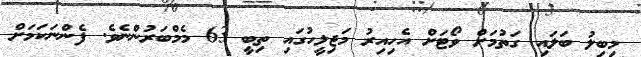
މިބިލު ބަލައި ގަތުމަށް ވޯޓަށް އެހިއިރު މަޖިލީހުގައި ތިބީ 63 މެމްބަރުންނެވެ. ފެންނަކަމަށް